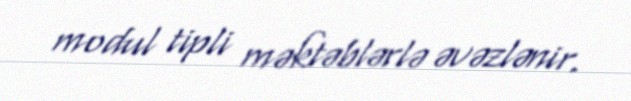
modul tipli məktəblərlə əvəzlənir.